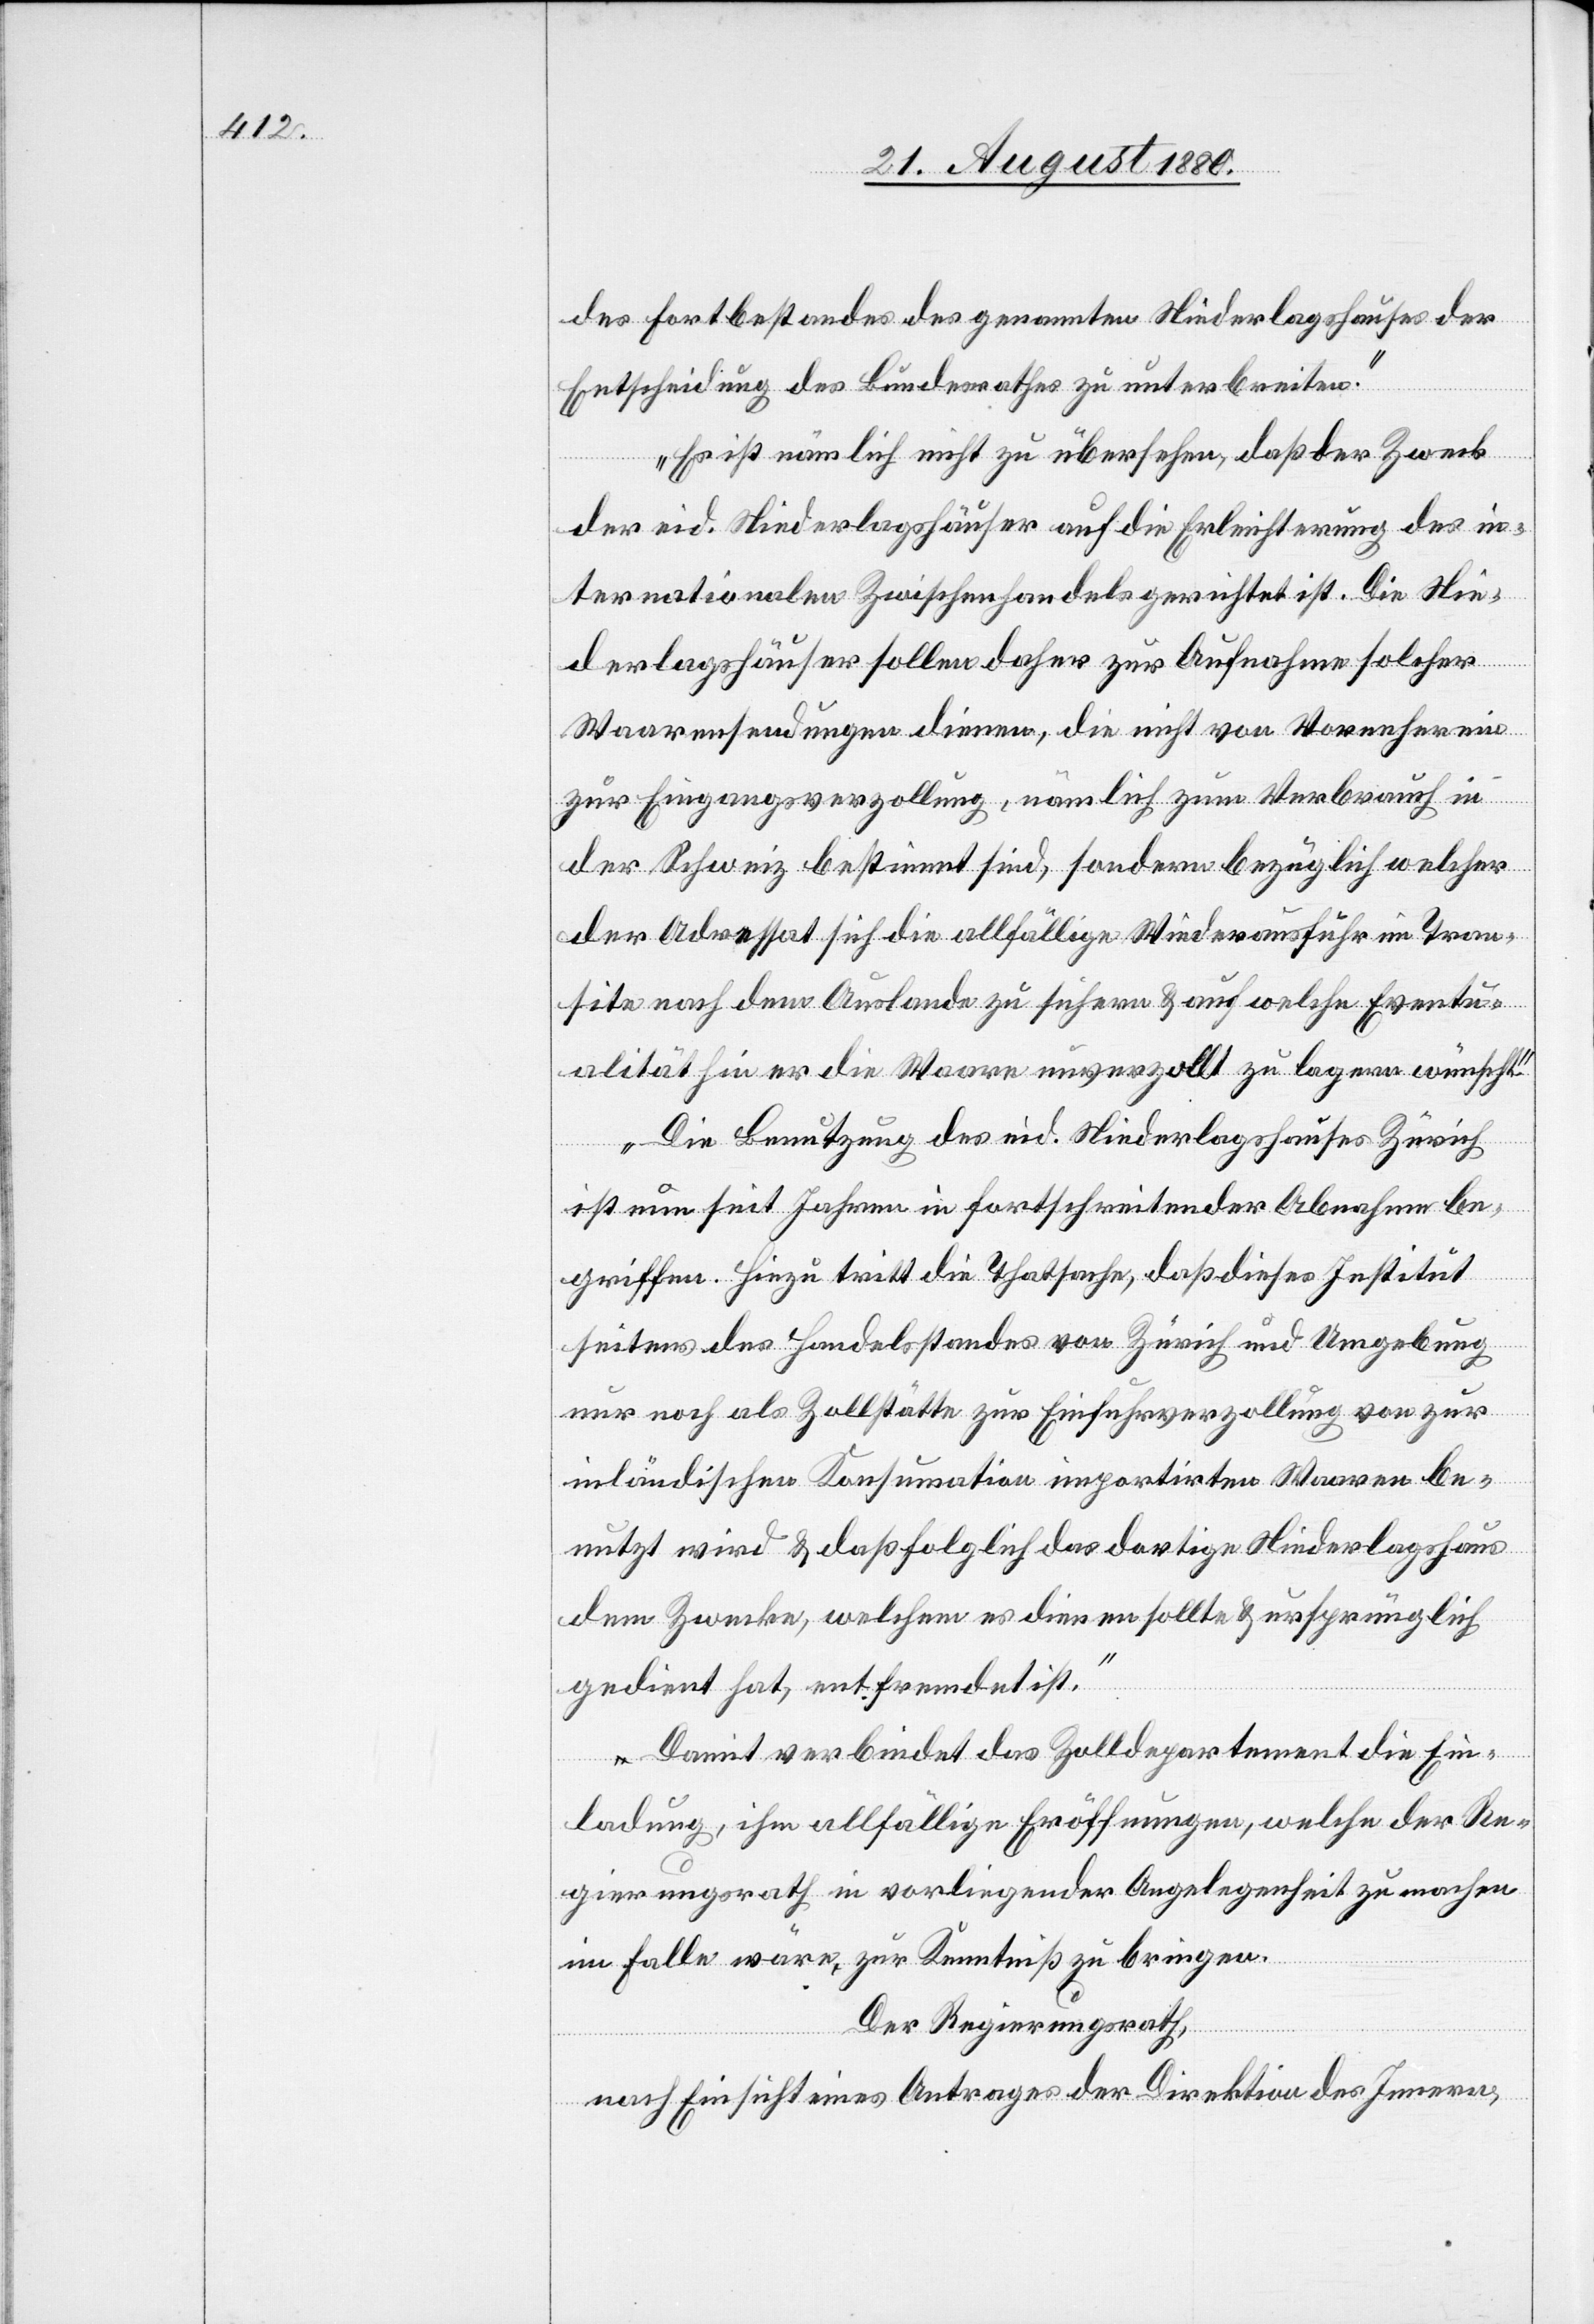
des Fortbestandes des genannten Niederlagshauses der
Entscheidung des Bundesrathes zu unterbreiten.
Es ist nämlich nicht zu übersehen, daß der Zweck
der eid. Niederlagshäuser auf die Erleichterung des in¬
ternationalen Zwischenhandels gerichtet ist. Die Nie¬
derlagshäuser sollen daher zu Aufnahme solcher
Waarensendungen dienen, die nicht von Vornherein
zur Eingangsverzollung, nämlich zum Verbrauch in
der Schweiz bestimmt sind, sondern bezüglich welcher
der Adressat sich die allfällige Wiederausfuhr im Tran¬
site nach dem Auslande zu sichern & auf welche Eventu¬
alität hin er die Waare unverzollt zu lagern wünscht.
Die Benutzung des eid. Niederlagshauses Zürich
ist nun seit Jahren in fortschreitender Abnahme be¬
griffen. Hinzu tritt die Thatsache, daß dieses Institut
seitens des Handelsstandes von Zürich und Umgebung
nur noch als Zollstätte zur Einfuhrverzollung von zur
inländischen Konsumation importirten Waaren be¬
nutzt wird & daß folglich das dortige Niederlagshaus
dem Zwecke, welchem es dienen sollte & ursprünglich
gedient hat, entfremdet ist.“
Damit verbindet das Zolldepartement die Ein¬
ladung, ihm allfällige Eröffnungen, welche der Re¬
gierungsrath in vorliegender Angelegenheit zu machen
im Falle wäre, zur Kenntniß zu bringen.
Der Regierungsrath,
nach Einsicht eines Antrages der Direktion des Innern,